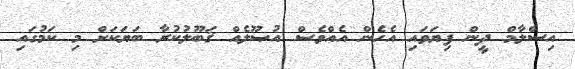
އިސްލާމް ދީން ފިޔަވައި އެހެން އެއްވެސް އުޞޫލެއް ޤަބޫލުކުރާ ބަޔަކަށް މި ކަމުގައި